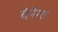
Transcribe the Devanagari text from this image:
चेनेरत